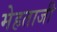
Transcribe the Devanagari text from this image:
मेहताजी